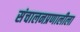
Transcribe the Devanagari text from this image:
संचालनप्रणालीला